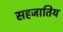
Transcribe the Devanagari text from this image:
सहजातिय